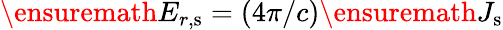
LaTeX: \ensuremath{E_{r,\mathrm{s}}}=(4\pi/c)\ensuremath{J_{\mathrm{s}}}